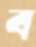
ব